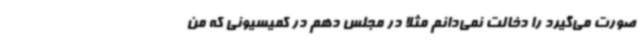
صورت می‌گیرد را دخالت نمی‌دانم مثلا در مجلس دهم در کمیسیونی که من